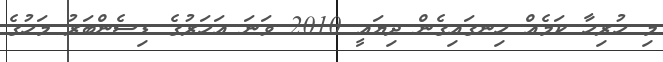
މި ހުރިހާ ކަމެއް ހިނގައިގެން ދިޔައީ 2010 ވަނަ އަހަރުގެ ޑިސެންބަރު މަހުގެ